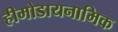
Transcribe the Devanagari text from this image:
हीमोडायनामिक